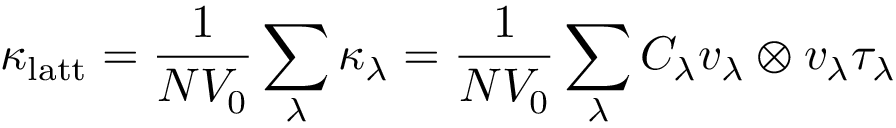
\kappa _ { \mathrm { l a t t } } = \frac { 1 } { N V _ { 0 } } \sum _ { \lambda } \kappa _ { \lambda } = \frac { 1 } { N V _ { 0 } } \sum _ { \lambda } C _ { \lambda } v _ { \lambda } \otimes v _ { \lambda } \tau _ { \lambda }